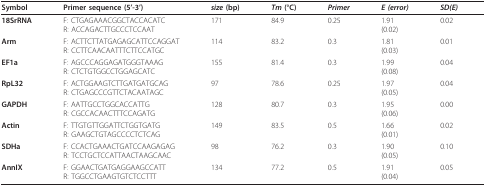
<table><thead><tr><td><b>Symbol</b></td><td><b>Primer sequence (5&#x27;-3&#x27;)</b></td><td><b><i>size</i>(bp)</b></td><td><b><i>Tm</i>(°C)</b></td><td><b><i>Primer</i></b></td><td><b><i>E</i><i>(error)</i></b></td><td><b><i>SD(E)</i></b></td></tr></thead><tbody><tr><td><b>18SrRNA</b></td><td>F: CTGAGAAACGGCTACCACATCR: ACCAGACTTGCCCTCCAAT</td><td>171</td><td>84.9</td><td>0.25</td><td>1.91(0.02)</td><td>0.02</td></tr><tr><td><b>Arm</b></td><td>F: ACTTCTTATGAGAGCATTCCAGGATR: CCTTCAACAATTTCTTCCATGC</td><td>114</td><td>83.2</td><td>0.3</td><td>1.81(0.03)</td><td>0.01</td></tr><tr><td><b>EF1a</b></td><td>F: AGCCCAGGAGATGGGTAAAGR: CTCTGTGGCCTGGAGCATC</td><td>155</td><td>81.4</td><td>0.3</td><td>1.99(0.08)</td><td>0.04</td></tr><tr><td><b>RpL32</b></td><td>F: ACTGGAAGTCTTGATGATGCAGR: CTGAGCCCGTTCTACAATAGC</td><td>97</td><td>78.6</td><td>0.25</td><td>1.97(0.05)</td><td>0.04</td></tr><tr><td><b>GAPDH</b></td><td>F: AATTGCCTGGCACCATTGR: CGCCACAACTTTCCAGATG</td><td>128</td><td>80.7</td><td>0.3</td><td>1.95(0.06)</td><td>0.00</td></tr><tr><td><b>Actin</b></td><td>F: TTGTGTTGGATTCTGGTGATGR: GAAGCTGTAGCCCCTCTCAG</td><td>149</td><td>83.5</td><td>0.5</td><td>1.66(0.01)</td><td>0.02</td></tr><tr><td><b>SDHa</b></td><td>F: CCACTGAAACTGATCCAAGAGAGR: TCCTGCTCCATTAACTAAGCAAC</td><td>98</td><td>76.2</td><td>0.3</td><td>1.90(0.05)</td><td>0.10</td></tr><tr><td><b>AnnIX</b></td><td>F: GGAACTGATGAGGAAGCCATTR: TGGCCTGAAGTGTCTCCTTT</td><td>134</td><td>77.2</td><td>0.5</td><td>1.91(0.04)</td><td>0.05</td></tr></tbody></table>